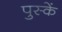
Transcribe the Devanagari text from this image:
पुस्कें